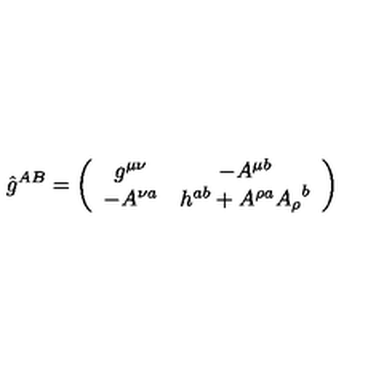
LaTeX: \hat { g } ^ { A B } = \left( \begin{array} { c c } { g ^ { \mu \nu } } & { - A ^ { \mu b } } \\ { - A ^ { \nu a } } & { h ^ { a b } + A ^ { \rho a } { A _ { \rho } } ^ { b } } \\ \end{array} \right)